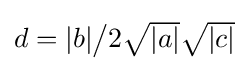
\textstyle d=\vert b\vert {\big /}2{\sqrt {\vert a\vert }}{\sqrt {\vert c\vert }}